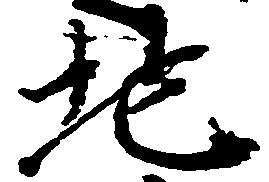
地